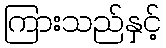
ကြားသည်နှင့်